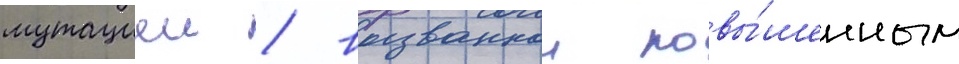
мутациеи / вызваннои повы́шенным